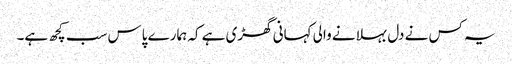
یہ کس نے دل بہلانے والی کہانی گھڑی ہے کہ ہمارے پاس سب کچھ ہے۔